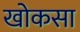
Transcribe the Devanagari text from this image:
खोकसा